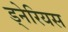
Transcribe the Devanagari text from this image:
ड्नेरियस